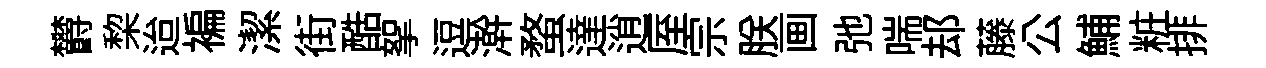
欝棃迨褊潔街酷挐逗澣蝥達逍厔宗朕画弛喘𨚫藤公鯆粧排